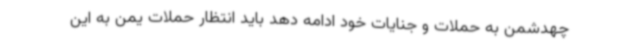
چهدشمن به حملات و جنایات خود ادامه دهد باید انتظار حملات یمن به این